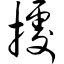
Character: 据